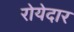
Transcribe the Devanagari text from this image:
रोयेदार